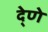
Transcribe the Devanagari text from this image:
दे्णे